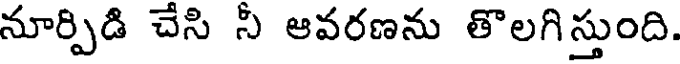
నూర్పిడి చేసి నీ ఆవరణను తొలగిస్తుంది.